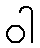
ဝါ